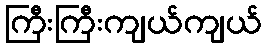
ကြီးကြီးကျယ်ကျယ်